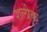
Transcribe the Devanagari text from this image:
शलोक